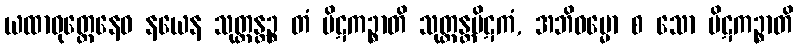
ယထာဝုတ္တေနေဝ နယေန သုတ္တန္တဉ္စ တံ ပိဋကဉ္စာတိ သုတ္တန္တပိဋကံ, အဘိဓမ္မော စ သော ပိဋကဉ္စာတိ